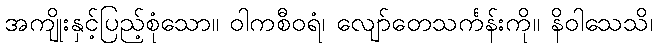
အကျိုးနှင့်ပြည့်စုံသော။ ဝါကစီဝရံ၊ လျော်တေသင်္ကန်းကို။ နိဝါသေသိ၊